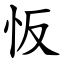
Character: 㤆